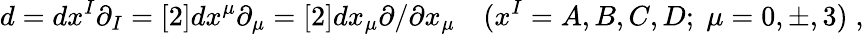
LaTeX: d=dx^{I}\partial_{I}=[2]dx^{\mu}\partial_{\mu}=[2]dx_{\mu}\partial/\partial x_{\mu}\quad(x^{I}=A,B,C,D;\; \mu=0,\pm,3)\; ,